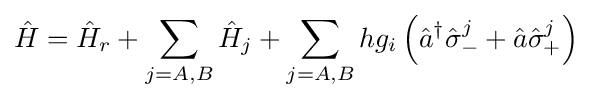
{\hat {H}}={\hat {H}}_{r}+\sum \limits _{j=A,B}{\hat {H}}_{j}+\sum \limits _{j=A,B}hg_{i}\left({\hat {a}}^{\dagger }{\hat {\sigma }}_{-}^{j}+{\hat {a}}{\hat {\sigma }}_{\text{+}}^{j}\right)